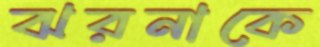
ঝরনাকে